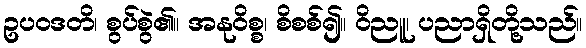
ဥပဝဒတိ၊ စွပ်စွဲ၏။ အနုဝိစ္စ၊ စိစစ်၍။ ဝိညူ၊ ပညာရှိတို့သည်။